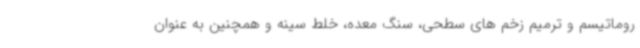
روماتیسم و ترمیم زخم های سطحی، سنگ معده، خلط سینه و همچنین به عنوان